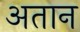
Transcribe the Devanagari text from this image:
अतान